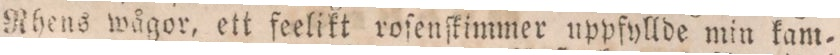
Rhens wågor, ett feelikt voſenſkimmer uppfyllde min kam=